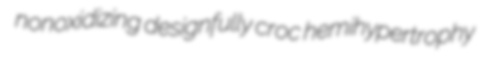
nonoxidizing designfully croc hemihypertrophy